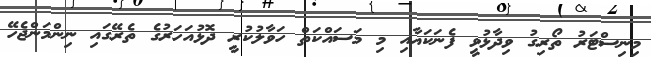
މިނިސްޓަރު ތޯރިގު ވިދާޅުވީ ފެނަކައާއި މި މަސައްކަތް ހަވާލުކުރީ ދޮޅުއަހަރުގެ ތެރޭގައި ނިންމަންޖެހޭ